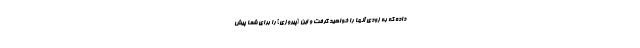
داده كه به زودى آنها را خواهيد گرفت و اين [پيروزى] را براى شما پيش